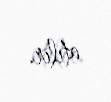
atılır.